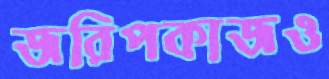
জরিপকাজও